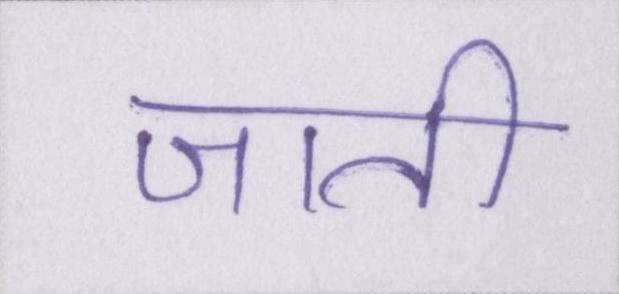
जाती